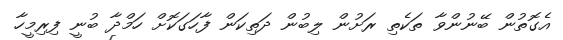
އެގޮތުން ބޭނުންވާ ތަކެތި ރަށުން ލިބުން ދަތިކަން ފާހަގަކޮށް ހަމްދާ ބުނީ ފިރިމީހާ